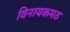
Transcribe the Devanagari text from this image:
विनायकमठ